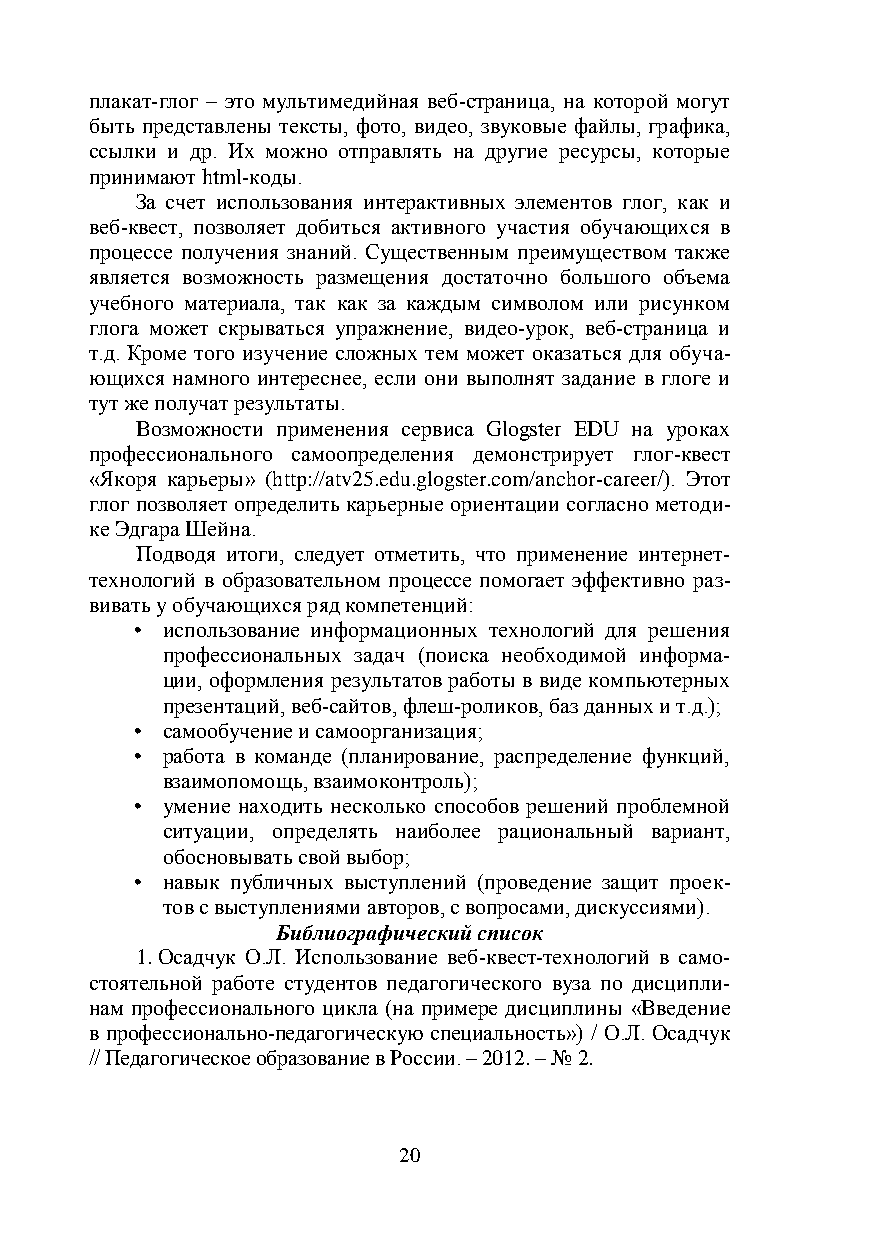
плакат-глог – это мультимедийная веб-страница, на которой могут
 быть представлены тексты, фото, видео, звуковые файлы, графика,
 ссылки и др. Их можно отправлять на другие ресурсы, которые
 принимают html-коды.
 За счет использования интерактивных элементов глог, как и
 веб-квест, позволяет добиться активного участия обучающихся в
 процессе получения знаний. Существенным преимуществом также
 является возможность размещения достаточно большого объема
 учебного материала, так как за каждым символом или рисунком
 глога может скрываться упражнение, видео-урок, веб-страница и
 т.д. Кроме того изучение сложных тем может оказаться для обуча-
 ющихся намного интереснее, если они выполнят задание в глоге и
 тут же получат результаты.
 Возможности применения сервиса Glogster EDU на уроках
 профессионального самоопределения демонстрирует глог-квест
 «Якоря карьеры» (http://atv25.edu.glogster.com/anchor-career/). Этот
 глог позволяет определить карьерные ориентации согласно методи-
 ке Эдгара Шейна.
 Подводя итоги, следует отметить, что применение интернет-
 технологий в образовательном процессе помогает эффективно раз-
 вивать у обучающихся ряд компетенций:
 • использование информационных технологий для решения
 профессиональных задач (поиска необходимой информа-
 ции, оформления результатов работы в виде компьютерных
 презентаций, веб-сайтов, флеш-роликов, баз данных и т.д.);
 • самообучение и самоорганизация;
 • работа в команде (планирование, распределение функций,
 взаимопомощь, взаимоконтроль);
 • умение находить несколько способов решений проблемной
 ситуации, определять наиболее рациональный вариант,
 обосновывать свой выбор;
 • навык публичных выступлений (проведение защит проек-
 тов с выступлениями авторов, с вопросами, дискуссиями).
 Библиографический список
 1. Осадчук О.Л. Использование веб-квест-технологий в само-
 стоятельной работе студентов педагогического вуза по дисципли-
 нам профессионального цикла (на примере дисциплины «Введение
 в профессионально-педагогическую специальность») / О.Л. Осадчук
 // Педагогическое образование в России. – 2012. – № 2.
 20